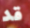
قد